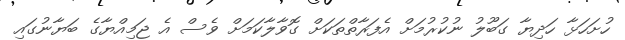
ހުށަހަޅާ ހަދިޔާ ގަބޫލު ނުކުރުމަށް އެފަރާތްތަކަށް ގޮވާލާކަމަށް ވެސް އެ ޖަމިއްޔާގެ ބަޔާނުގައި